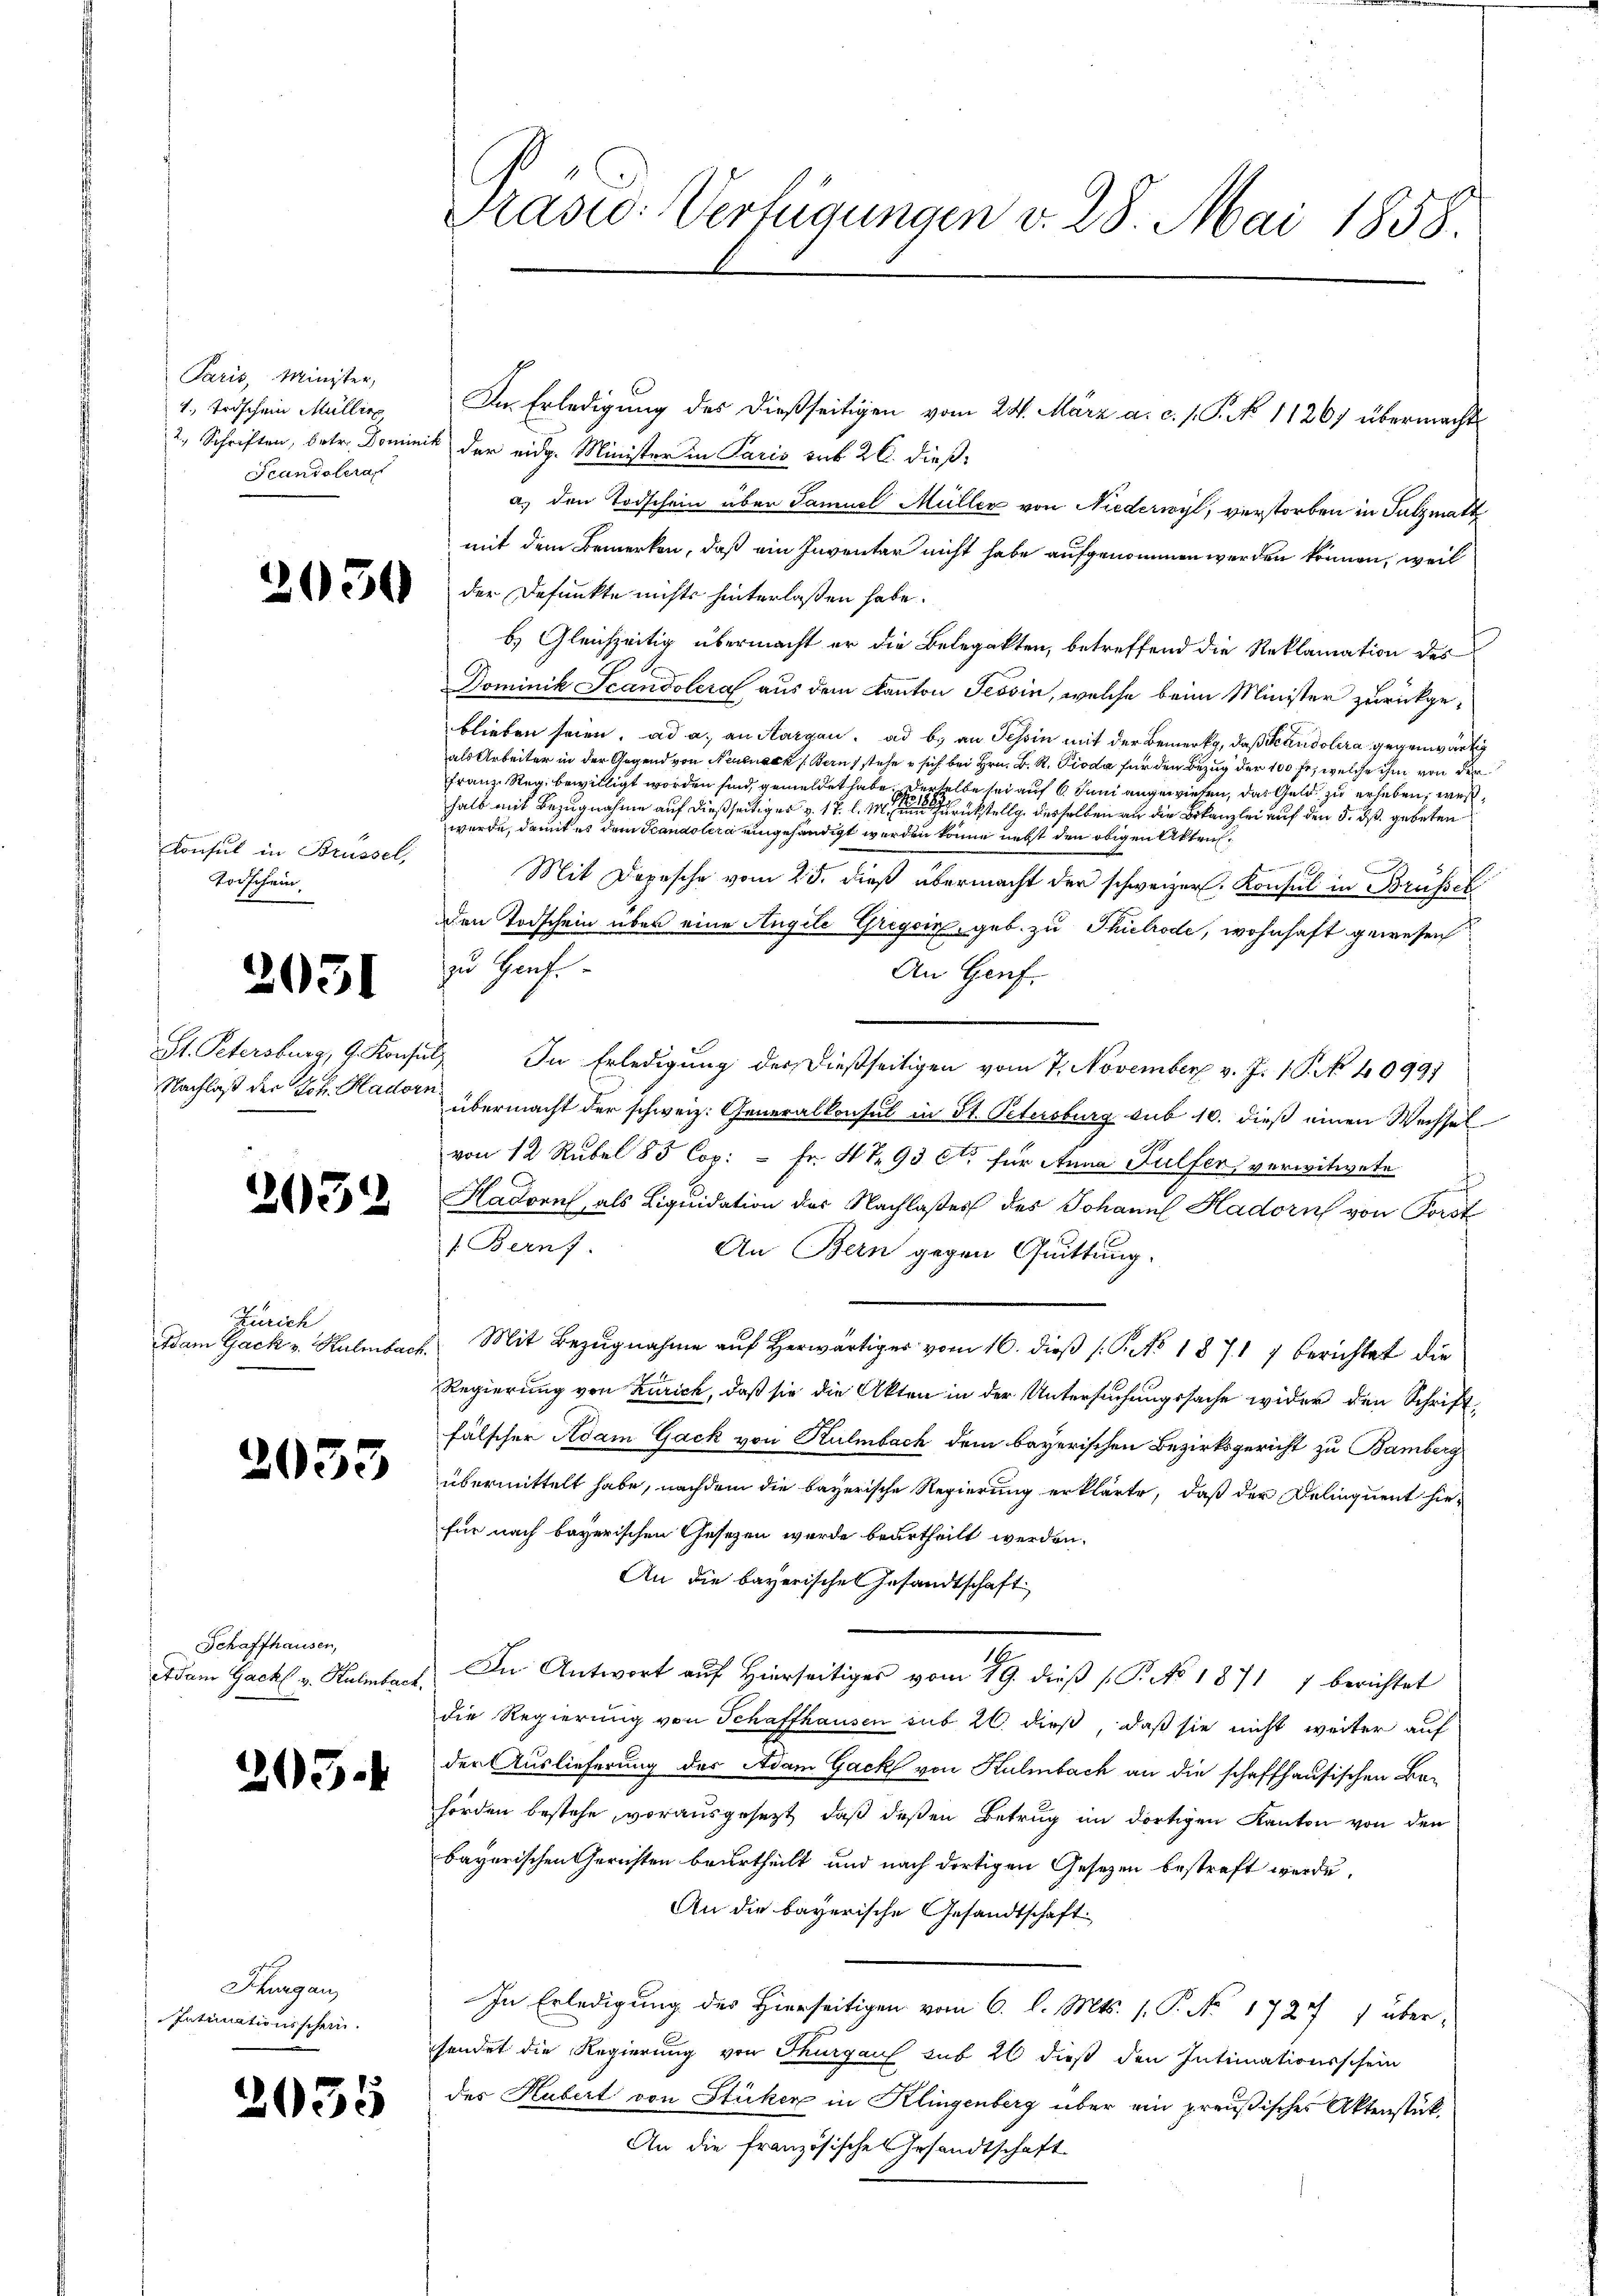
Paris, Minister,
1. Todschein Müller
Scandolera

Consul in Brüssel,
Torschein

2051

2032

Zürich
Idam Gack v. Kulmbach.

2033

Schaffhausen,

203.

Thurgau
Intimationsschein.

2035

In Erledigung des dießseitigen vom 24. März a. c. s. S. 1126) übermachte
2, Schriften, betr. Dominik der eidg. Minister in Paris rek 26. dießa. den Todschein über Samuel Müller von Niederwyl, verstorben in Salzmatt
mit dem Bemerken, daß ein Inventar nicht habe aufgenommen werden können, weil
 der Defunkte nichts hinterlassen habe.
b) Gleichzeitig übermacht er die Belegatten, betreffend die Reklamation des
Dominik Scandoleral aus dem Kanton Tessin, welche beim Minister zurückgeblieben seien, ad a. an Sargau, ad b. an Tessin mit der Bemerks, daß Scandolera gegenwärtig
als Arbeiter in der Gegend von Neutnack (Bern, stehe sich bei Hrn. B. R. Pioda für den Bezug der 100 fr., welche ihm von der
Franz. Reg. bewilligt worden sind, gemeldet habe. Derselbe sei auf 6 Juni angewiesen, das Geld zu erheben, was
halb mit Bezugnahme auf dießseitiges v. 17. l. M. einen zurückstellg desselben an die Bekanzlei auf den 5. dß. gebeten
wurde, damit es dem Scandolera eingehändigt werden könne nebst den obigen Aktrit¬
Mit Depesche vom 25. dieß übermacht der schweizer. Konsul in Brüssel
den Todschein über eine Angile Gregoir, geb. zu Thilrode, wohnhaft gewesen
zu Harf.
An Genf.
St. Petersburg, G. Konsul, In Erledigung der dießseitigen vom 7. November v. J. P. Nr. 40991
Nachlaß der Joh. Hadorn übermacht der schweiz. Generalkonsul in St. Petersburg sub 10. dieß einen Wechsel
von 12 Rubel 85 Cop. - Fr. 4 t. 93 Cte für Anna Tulfer verwitwete
t
Hadorn, als Liquidation der Nachlaßes des Johann Hadorn von Forst
1. Bernf
An Bern gegen Quittung.
Mit Bezugnahme auf Herwärtiger vom 16. dieß (S. 1871 7 berichtet die
Regierung von Zürich, daß sie die Akten in der Untersuchungssache wider den Schriftfälscher Adam Gack von Kulmbach dem bayerischen Bezirksgericht zu Bamberg
übermittelt habe, nachdem die bayerische Regierung erklärte, daß der Delinquent hiefür nach bayerischen Gesetzen wurde beurtheilt werden.
An die bayerischen Gesandtschaft
18
etdam Gack u. Kulmbach. In Antwort auf Hierseitiges vom 19. dieß (P.No 1871 7 berichtet
die Regierung von Schaffhausen sub 20. dieß, daß sie nicht weiter auf
der Auslieferung des Adam Gack von Kulmbach an die schaffhausischen Behörden bestehe, vorausgesezt, daß deßen Betrug im dortigen Kanton von den
bayerischen Gerichten beurtheilt und nach dortigen Gesetzen bestraft werde.
An die bayerische Gesandtschaft
In Erledigung des Hierseitigen vom 6. l. Mts. s. P. No. 1727 übersendet die Regierung von Thurgau sub 26 dieß den Intimationsschein
des Hubert von Stücker in Klingenberg über ein preußisches Aktenstük¬
An die französische Gesandtschaft

Prasio: Verfügungen v. 28. Mai 1858.